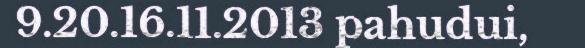
9.20.16.11.2013 pahudui,